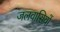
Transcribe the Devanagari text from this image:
जलवासियों